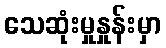
သေဆုံးမှုနှုန်းမှာ